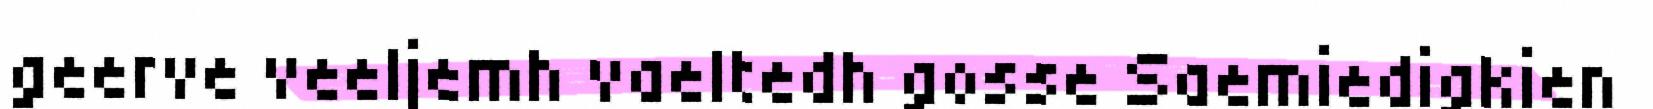
geerve veeljemh vaeltedh gosse Saemiedigkien